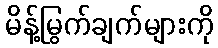
မိန့်မြွက်ချက်များကို